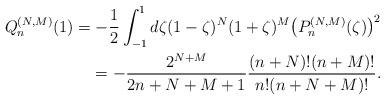
LaTeX: \begin{align*} Q_{n}^{(N,M) }(1) =-\frac{1}{2}\int_{-1}^{1}d\zeta (1-\zeta) ^{N}(1+\zeta) ^{M}\big( P_{n}^{( N,M) }(\zeta) \big) ^{2} \\\hphantom{Q_{n}^{(N,M) }(1)}{}=-\frac{2^{N+M}}{2n+N+M+1}\frac{(n+N) !(n+M) !}{ n!( n+N+M) !}. \end{align*}